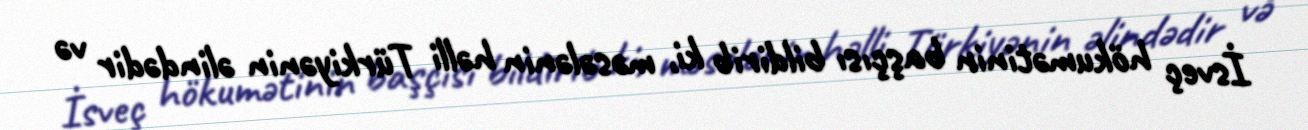
İsveç hökumətinin başçısı bildirib ki, məsələnin həlli Türkiyənin əlindədir və